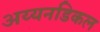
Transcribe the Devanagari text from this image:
अय्यनडिकल